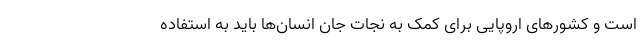
است و کشورهای اروپایی برای کمک به نجات جان انسان‌ها باید به استفاده